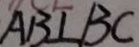
A B \bot B C